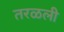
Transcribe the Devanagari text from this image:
तरळली